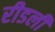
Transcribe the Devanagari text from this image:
रीडली